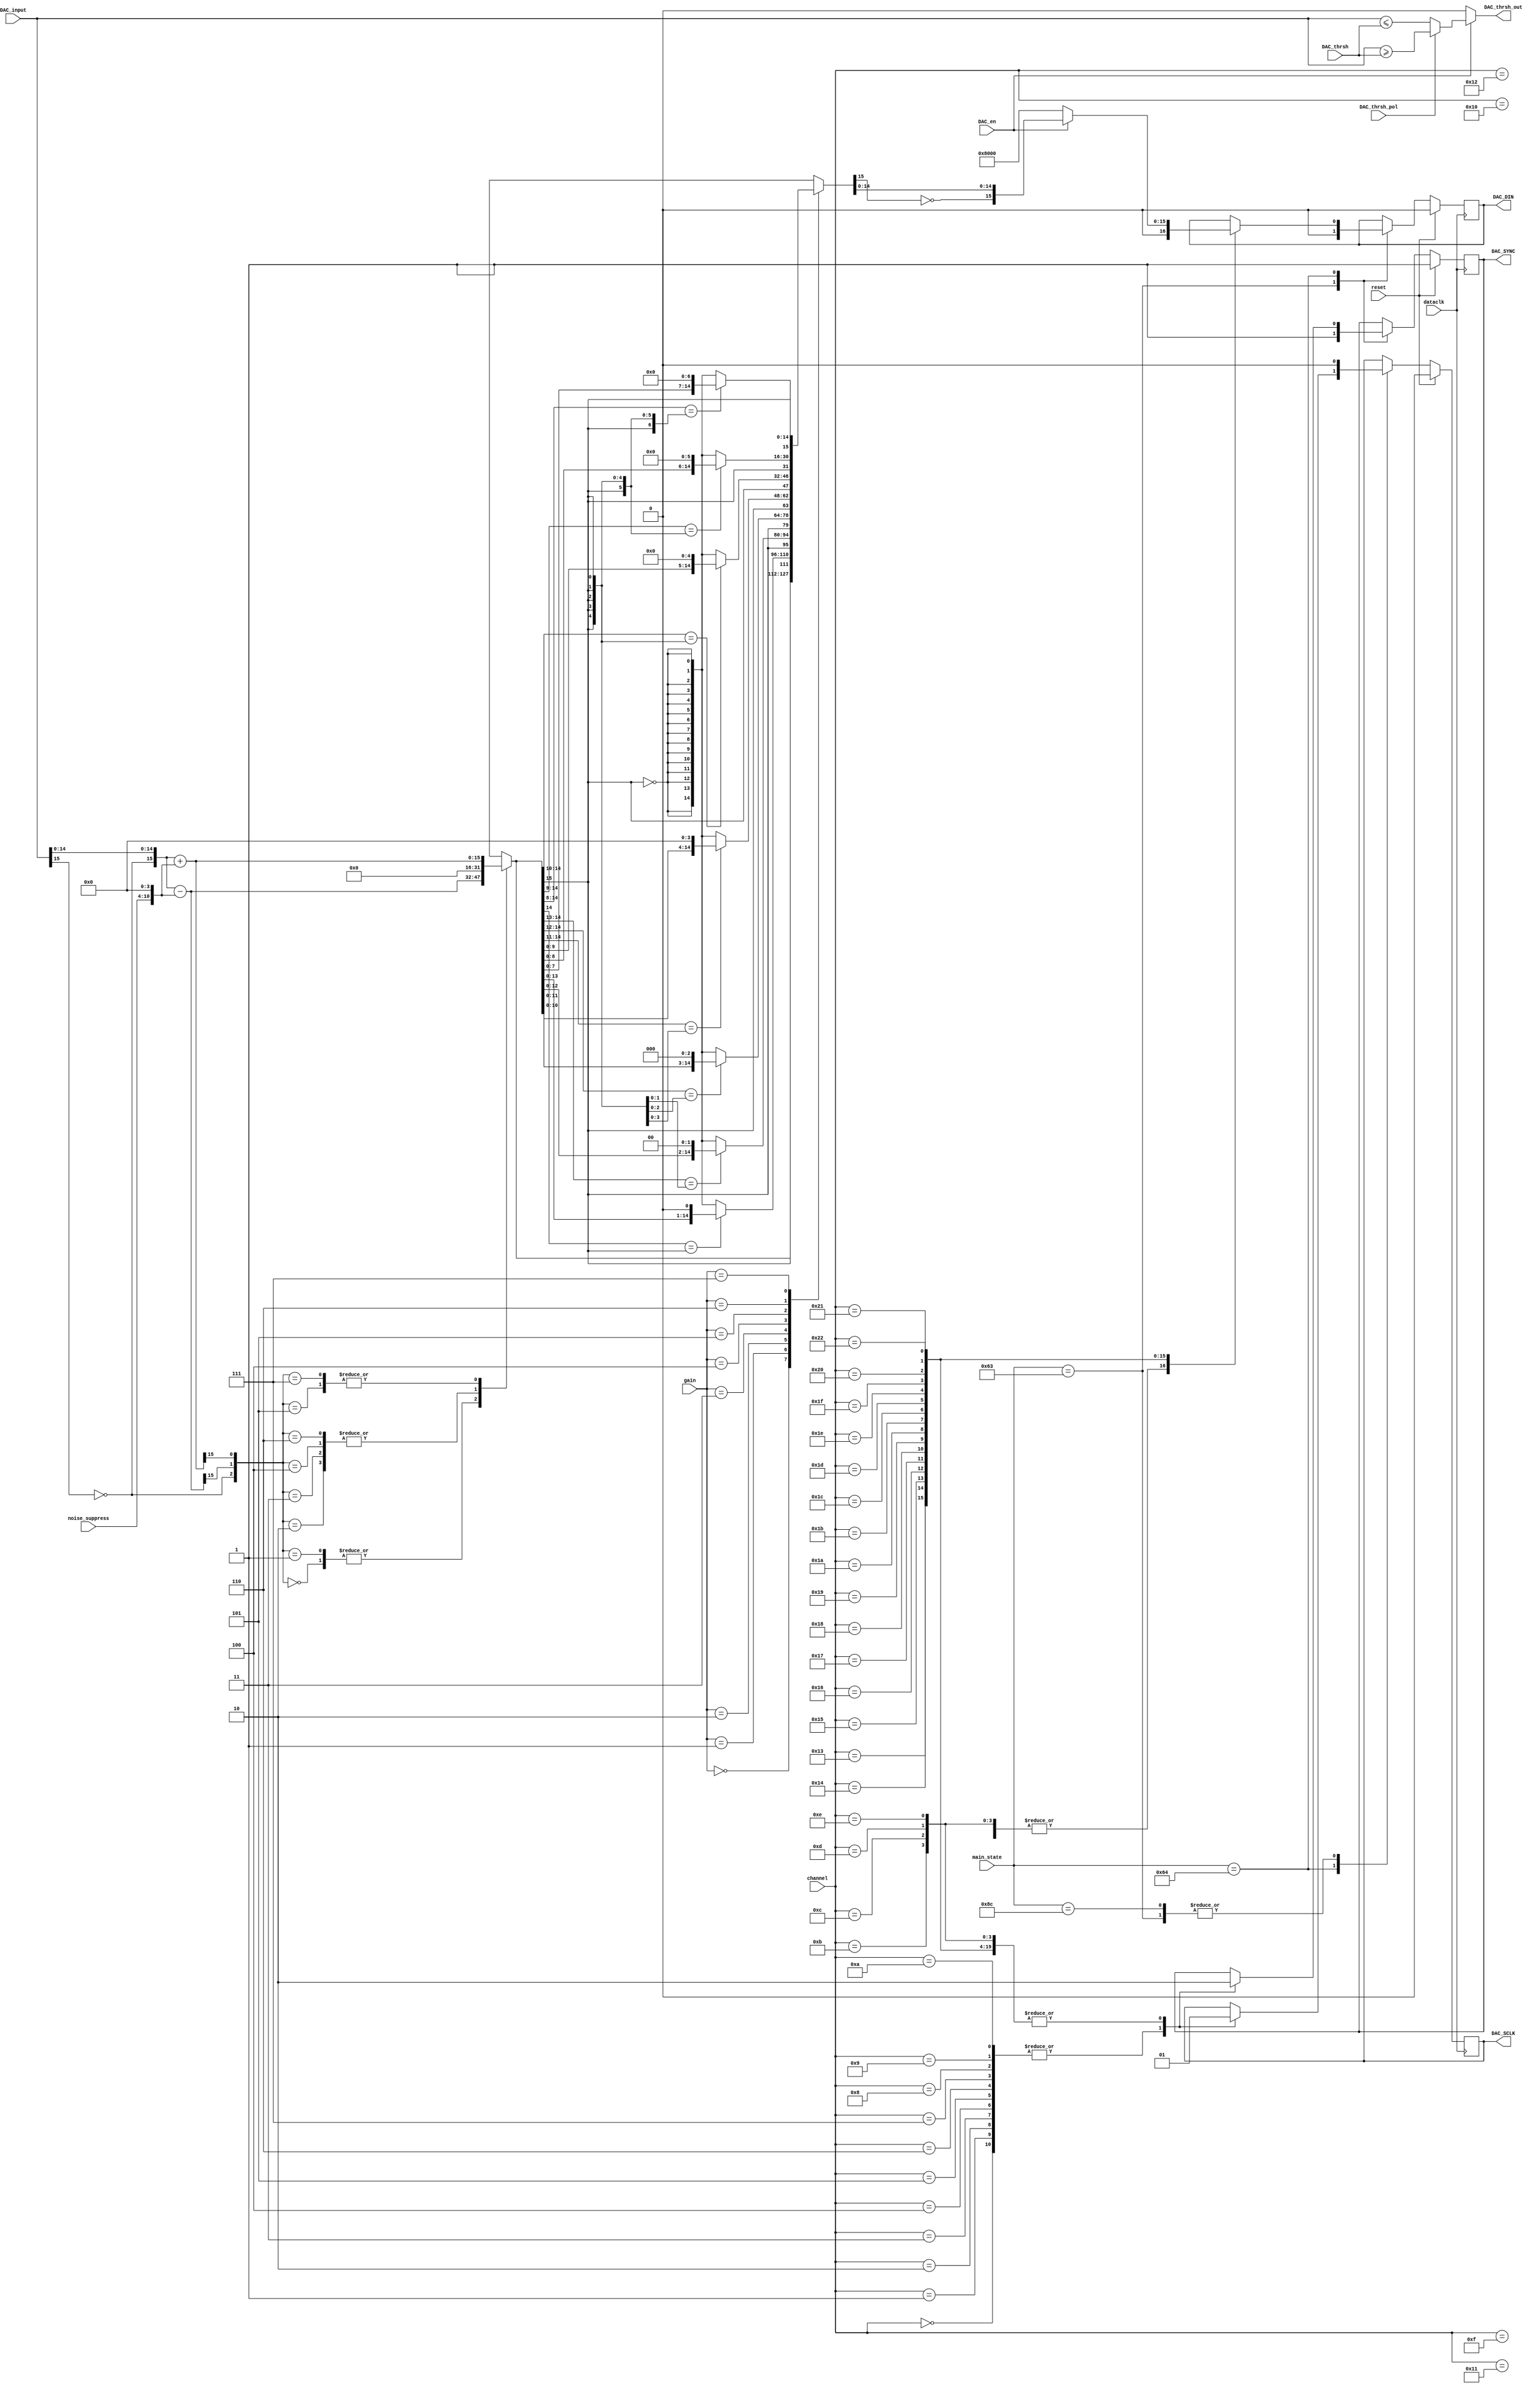
`timescale 1ns / 1ps
//////////////////////////////////////////////////////////////////////////////////
// Company: 		 Intan Technologies, LLC
// 
// Design Name: 	 RHD2000 Rhythm Interface
// Module Name:    DAC_output_scalable 
// Project Name:   Opal Kelly FPGA/USB RHD2000 Interface
// Target Devices: 
// Tool versions: 
// Description:    Generates SPI control signals for Analog Devices AD5662 16-bit DAC
//                 with adjustable gain and noise suppression.
//
// Dependencies: 
//
// Revision:       1.3 (14 October 2013)
// Revision 0.01 - File Created
// Additional Comments: 
//
//////////////////////////////////////////////////////////////////////////////////

module DAC_output_scalable #(
	parameter ms_wait  	= 99,
   parameter ms_clk1_a 	= 100,
	parameter ms_clk11_a = 140
	)
	(
	input wire			reset,
	input wire			dataclk,
	input wire [31:0] main_state,
	input wire [5:0]	channel,
	input wire [15:0]	DAC_input,
	input wire			DAC_en,
	input wire [2:0]  gain,
	input wire [6:0]  noise_suppress,
	output reg			DAC_SYNC,
	output reg			DAC_SCLK,
	output reg			DAC_DIN,
	input wire [15:0]	DAC_thrsh,
	input wire			DAC_thrsh_pol,
	output wire			DAC_thrsh_out
   );

	wire [15:0] DAC_input_twos_comp, DAC_register, subtract_result, add_result;
	reg [15:0] DAC_input_suppressed, DAC_input_scaled;
	wire [10:0] noise_suppress_x_16;
	
	// Implement simple threshold comparator function on unscaled DAC input
	
	assign DAC_thrsh_out = DAC_en ? (DAC_thrsh_pol ? (DAC_input >= DAC_thrsh) : (DAC_input <= DAC_thrsh)) : 1'b0;
	
	
	// Convert DAC_input from unsigned (offset) representation to signed (two's complement)
	// represention by inverting the MSB.
	
	assign DAC_input_twos_comp = {~DAC_input[15], DAC_input[14:0]};
	
	// Now if the input is positive, subtract noise_suppress from it, limiting at zero.
	// If the input is negative, add noise_suppress to it, also limiting at zero.  This
	// has the effect of chopping out the noise between +noise_suppress and -noise_suppress,
	// which makes neural spikes much easier to hear on audio.
	// (Note: noise_suppress is scaled up by 2^4 since very low values of this variable
	// have negligible effect.)
	
	assign noise_suppress_x_16 = {noise_suppress, 4'b0000};
	
	assign subtract_result = DAC_input_twos_comp - noise_suppress_x_16;
	assign add_result = DAC_input_twos_comp + noise_suppress_x_16;
	
	always @(*) begin
		case ({DAC_input_twos_comp[15], subtract_result[15], add_result[15]})
			3'b000: DAC_input_suppressed <= subtract_result;
			3'b001: DAC_input_suppressed <= subtract_result;
			3'b010: DAC_input_suppressed <= 16'b0;
			3'b011: DAC_input_suppressed <= 16'b0;
			3'b100: DAC_input_suppressed <= 16'b0;
			3'b101: DAC_input_suppressed <= add_result;
			3'b110: DAC_input_suppressed <= 16'b0;
			3'b111: DAC_input_suppressed <= add_result;
		endcase
	end
	
	// Next, scale the input by a factor of 2^gain by left shifting, but preserving the
	// sign and saturating if the scaling exceeds the range of a 16-bit signed number.
	
	always @(*) begin
		case (gain)
			0: DAC_input_scaled <= DAC_input_suppressed;
			1: DAC_input_scaled <= (DAC_input_suppressed[14] == {1{DAC_input_suppressed[15]}}) ?
											{DAC_input_suppressed[15], DAC_input_suppressed[13:0], 1'b0} :
											{DAC_input_suppressed[15], {15{~DAC_input_suppressed[15]}}};
			2: DAC_input_scaled <= (DAC_input_suppressed[14:13] == {2{DAC_input_suppressed[15]}}) ?
											{DAC_input_suppressed[15], DAC_input_suppressed[12:0], 2'b00} :
											{DAC_input_suppressed[15], {15{~DAC_input_suppressed[15]}}};
			3: DAC_input_scaled <= (DAC_input_suppressed[14:12] == {3{DAC_input_suppressed[15]}}) ?
											{DAC_input_suppressed[15], DAC_input_suppressed[11:0], 3'b000} :
											{DAC_input_suppressed[15], {15{~DAC_input_suppressed[15]}}};
			4: DAC_input_scaled <= (DAC_input_suppressed[14:11] == {4{DAC_input_suppressed[15]}}) ?
											{DAC_input_suppressed[15], DAC_input_suppressed[10:0], 4'b0000} :
											{DAC_input_suppressed[15], {15{~DAC_input_suppressed[15]}}};
			5: DAC_input_scaled <= (DAC_input_suppressed[14:10] == {5{DAC_input_suppressed[15]}}) ?
											{DAC_input_suppressed[15], DAC_input_suppressed[9:0], 5'b00000} :
											{DAC_input_suppressed[15], {15{~DAC_input_suppressed[15]}}};
			6: DAC_input_scaled <= (DAC_input_suppressed[14:9] == {6{DAC_input_suppressed[15]}}) ?
											{DAC_input_suppressed[15], DAC_input_suppressed[8:0], 6'b000000} :
											{DAC_input_suppressed[15], {15{~DAC_input_suppressed[15]}}};
			7: DAC_input_scaled <= (DAC_input_suppressed[14:8] == {7{DAC_input_suppressed[15]}}) ?
											{DAC_input_suppressed[15], DAC_input_suppressed[7:0], 7'b0000000} :
											{DAC_input_suppressed[15], {15{~DAC_input_suppressed[15]}}};
		endcase
	end

	// Finally, convert back from signed (two's complement) representation to unsigned (offset)
	// representation for input to the DAC.  If DAC_en == 0, set the DAC to midrange (zero volts).
	
	assign DAC_register = DAC_en ? {~DAC_input_scaled[15], DAC_input_scaled[14:0]} : 16'b1000000000000000;
	

	// AD5662 16-bit DAC SPI output logic
	// (See Analog Devices AD5662 datasheet for more information.)
		
	always @(posedge dataclk) begin
		if (reset) begin
			DAC_SYNC <= 1'b1;
			DAC_SCLK <= 1'b0;
			DAC_DIN <= 1'b0;
		end else begin
			case (main_state)
			
				ms_wait: begin
					DAC_SYNC <= 1'b1;
					DAC_SCLK <= 1'b0;
					DAC_DIN <= 1'b0;
				end
			
				ms_clk1_a: begin
					case (channel)
					
						0: begin
							DAC_SYNC <= 1'b1;
							DAC_SCLK <= 1'b0;
							DAC_DIN <= 1'b0;
						end
						
						1: begin
							DAC_SYNC <= 1'b1;
							DAC_SCLK <= 1'b0;
							DAC_DIN <= 1'b0;
						end
						
						2: begin
							DAC_SYNC <= 1'b1;
							DAC_SCLK <= 1'b0;
							DAC_DIN <= 1'b0;
						end
						
						3: begin
							DAC_SYNC <= 1'b1;
							DAC_SCLK <= 1'b0;
							DAC_DIN <= 1'b0;
						end
						
						4: begin
							DAC_SYNC <= 1'b1;
							DAC_SCLK <= 1'b0;
							DAC_DIN <= 1'b0;
						end
						
						5: begin
							DAC_SYNC <= 1'b1;
							DAC_SCLK <= 1'b0;
							DAC_DIN <= 1'b0;
						end
						
						6: begin
							DAC_SYNC <= 1'b1;
							DAC_SCLK <= 1'b0;
							DAC_DIN <= 1'b0;
						end
						
						7: begin
							DAC_SYNC <= 1'b1;
							DAC_SCLK <= 1'b0;
							DAC_DIN <= 1'b0;
						end
						
						8: begin
							DAC_SYNC <= 1'b1;
							DAC_SCLK <= 1'b0;
							DAC_DIN <= 1'b0;
						end
						
						9: begin
							DAC_SYNC <= 1'b1;
							DAC_SCLK <= 1'b0;
							DAC_DIN <= 1'b0;
						end
						
						10: begin
							DAC_SYNC <= 1'b1;
							DAC_SCLK <= 1'b0;
							DAC_DIN <= 1'b0;
						end
						
						11: begin
							DAC_SYNC <= 1'b0;
							DAC_SCLK <= 1'b1;
							DAC_DIN <= 1'b0;
						end

						12: begin
							DAC_SYNC <= 1'b0;
							DAC_SCLK <= 1'b1;
							DAC_DIN <= 1'b0;
						end
						
						13: begin
							DAC_SYNC <= 1'b0;
							DAC_SCLK <= 1'b1;
							DAC_DIN <= 1'b0;
						end
						
						14: begin
							DAC_SYNC <= 1'b0;
							DAC_SCLK <= 1'b1;
							DAC_DIN <= 1'b0;
						end
						
						15: begin
							DAC_SYNC <= 1'b0;
							DAC_SCLK <= 1'b1;
							DAC_DIN <= 1'b0;
						end
						
						16: begin
							DAC_SYNC <= 1'b0;
							DAC_SCLK <= 1'b1;
							DAC_DIN <= 1'b0;
						end
						
						17: begin
							DAC_SYNC <= 1'b0;
							DAC_SCLK <= 1'b1;
							DAC_DIN <= 1'b0;
						end
						
						18: begin
							DAC_SYNC <= 1'b0;
							DAC_SCLK <= 1'b1;
							DAC_DIN <= 1'b0;
						end
						
						19: begin
							DAC_SYNC <= 1'b0;
							DAC_SCLK <= 1'b1;
							DAC_DIN <= DAC_register[15];
						end
						
						20: begin
							DAC_SYNC <= 1'b0;
							DAC_SCLK <= 1'b1;
							DAC_DIN <= DAC_register[14];
						end
						
						21: begin
							DAC_SYNC <= 1'b0;
							DAC_SCLK <= 1'b1;
							DAC_DIN <= DAC_register[13];
						end
						
						22: begin
							DAC_SYNC <= 1'b0;
							DAC_SCLK <= 1'b1;
							DAC_DIN <= DAC_register[12];
						end
						
						23: begin
							DAC_SYNC <= 1'b0;
							DAC_SCLK <= 1'b1;
							DAC_DIN <= DAC_register[11];
						end
						
						24: begin
							DAC_SYNC <= 1'b0;
							DAC_SCLK <= 1'b1;
							DAC_DIN <= DAC_register[10];
						end
						
						25: begin
							DAC_SYNC <= 1'b0;
							DAC_SCLK <= 1'b1;
							DAC_DIN <= DAC_register[9];
						end
						
						26: begin
							DAC_SYNC <= 1'b0;
							DAC_SCLK <= 1'b1;
							DAC_DIN <= DAC_register[8];
						end
						
						27: begin
							DAC_SYNC <= 1'b0;
							DAC_SCLK <= 1'b1;
							DAC_DIN <= DAC_register[7];
						end
						
						28: begin
							DAC_SYNC <= 1'b0;
							DAC_SCLK <= 1'b1;
							DAC_DIN <= DAC_register[6];
						end
						
						29: begin
							DAC_SYNC <= 1'b0;
							DAC_SCLK <= 1'b1;
							DAC_DIN <= DAC_register[5];
						end
						
						30: begin
							DAC_SYNC <= 1'b0;
							DAC_SCLK <= 1'b1;
							DAC_DIN <= DAC_register[4];
						end
						
						31: begin
							DAC_SYNC <= 1'b0;
							DAC_SCLK <= 1'b1;
							DAC_DIN <= DAC_register[3];
						end
						
						32: begin
							DAC_SYNC <= 1'b0;
							DAC_SCLK <= 1'b1;
							DAC_DIN <= DAC_register[2];
						end
						
						33: begin
							DAC_SYNC <= 1'b0;
							DAC_SCLK <= 1'b1;
							DAC_DIN <= DAC_register[1];
						end
						
						34: begin
							DAC_SYNC <= 1'b0;
							DAC_SCLK <= 1'b1;
							DAC_DIN <= DAC_register[0];
						end
						
					endcase
				end
				
				ms_clk11_a: begin
					DAC_SCLK <= 1'b0;
				end
			
			endcase
		end
	end

endmodule